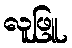
လူဖြူ